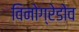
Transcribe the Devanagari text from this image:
विनोग्रेडोव